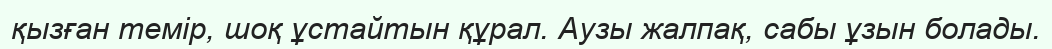
қызған темір, шоқ ұстайтын құрал. Аузы жалпақ, сабы ұзын болады.